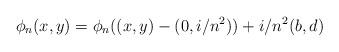
LaTeX: \begin{align*}\phi_n(x,y)=\phi_n((x,y)-(0, i/n^2))+i/n^2(b,d)\end{align*}